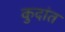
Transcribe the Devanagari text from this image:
कुदांत